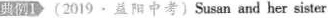
典例1 (2019.益阳中考〕Susan and her sister